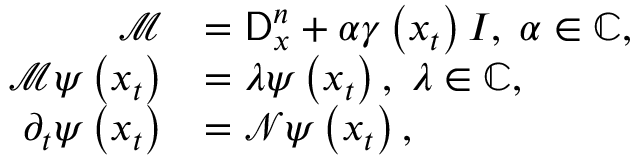
\begin{array} { r l } { \mathcal { M } } & { = \mathsf { D } _ { x } ^ { n } + \alpha \gamma \left( x _ { t } \right) I , \; \alpha \in \mathbb { C } , } \\ { \mathcal { M } \psi \left( x _ { t } \right) } & { = \lambda \psi \left( x _ { t } \right) , \; \lambda \in \mathbb { C } , } \\ { \partial _ { t } \psi \left( x _ { t } \right) } & { = \mathcal { N } \psi \left( x _ { t } \right) , } \end{array}